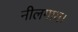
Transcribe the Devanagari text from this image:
नीलगाय।